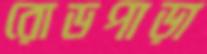
রোডপাড়া